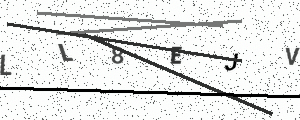
Text: LL8EJV